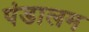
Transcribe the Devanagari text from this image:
पंडालम